Indian journal of veterinary science and animal husbandry - Volumes 15-17, 1948-1951
Year: 1948
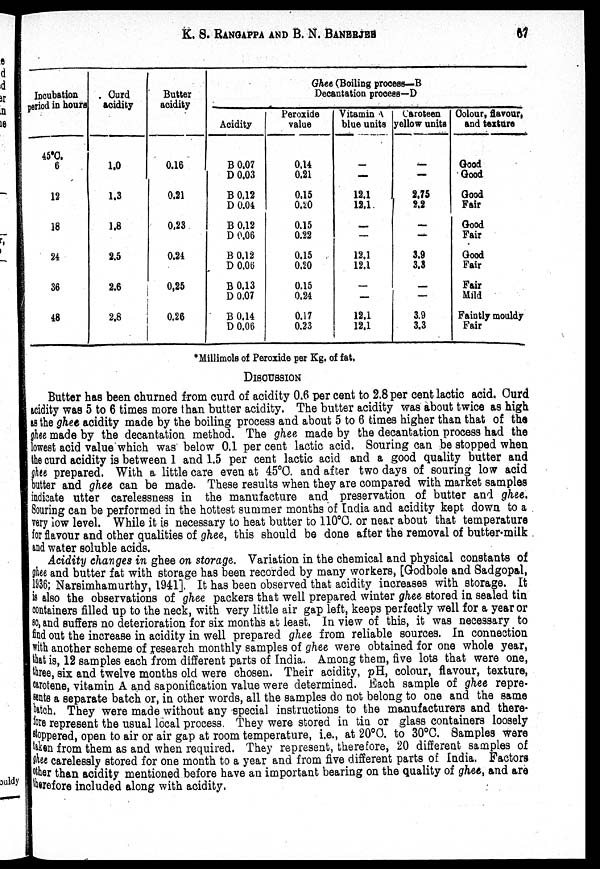
K. S. RANGAPPA AND B. N. BANERJEE 67
Incubation
period in hours
45°C.
6
12
18
24
36
48
Curd
acidity
1.0
1.3
1.8
2.5
2.6
2.8
Butter
acidity
0.16
0.21
0.23
0.24
0.25
0.26
Ghee (Boiling process—B
Decantation procees—D
Acidity
B 0.07
D 0.03
B 0.12
D 0.04
B 0.12
D 0.06
B 0.12
D 0.06
B 0.13
D 0.07
B 0.14
D 0.06
Peroxide
value
0.14
0.21
0.15
0.20
0.15
0.22
0.15
0.20
0.15
0.24
0.17
0.23
Vitamin A
blue units
—
—
12.1
12.1
—
—
12.1
12.1
—
—
12.1
12.1
Caroteen
yellow units
—
—
2.75
2.2
—
—
3.9
3.3
—
—
3.9
3.3
Colour, flavour,
and texture
Good
Good
Good
Fair
Good
Fair
Good
Fair
Fair
Mild
Faintly mouldy
Fair
*Millimols of Peroxide per Kg, of fat,
DISCUSSION
Butter has been churned from curd of acidity 0.6 per cent to 2.8 per cent lactic acid, Curd
acidity was 5 to 6 times more than butter acidity. The butter acidity was about twice as high
as the ghee acidity made by the boiling process and about 5 to 6 times higher than that of the
ghee made by the decantation method. The ghee made by the decantation process had the
lowest acid value which was below 0.1 per cent lactic acid. Souring can be stopped when
the curd acidity is between 1 and 1.5 per cent lactic acid and a good quality butter and
ghee prepared. With a little care even at 45°0. and after two days of souring low acid
butter and ghee can be made. These results when they are compared with market samples
indicate utter carelessness in the manufacture and preservation of butter and ghee.
Souring can be performed in the hottest summer months of India and acidity kept down to a
very low level. While it is necessary to heat butter to 110°C. or near about that temperature
for flavour and other qualities of ghee, this should be done after the removal of butter-milk
and water soluble acids.
Acidity changes in ghee on storage. Variation in the chemical and physical constants of
ghee and butter fat with storage has been recorded by many workers, [Godbole and Sadgopal,
1936; Narsimhamurthy, 1941]. It has been observed that acidity increases with storage. It
is also the observations of ghee packers that well prepared winter ghee stored in sealed tin
containers filled up to the neck, with very little air gap left, keeps perfectly well for a year or
so, and suffers no deterioration for six months at least. In view of this, it was necessary to
find out the increase in acidity in well prepared ghee from reliable sources. In connection
with another scheme of research monthly samples of ghee were obtained for one whole year,
that is, 12 samples each from different parts of India. Among them, five lots that were one,
three, six and twelve months old were chosen. Their acidity, pH, colour, flavour, texture,
carotene, vitamin A and saponification value were determined. Each sample of ghee repre-
sents a separate batch or, in other words, all the samples do not belong to one and the same
batch. They were made without any special instructions to the manufacturers and there-
fore represent the usual local process. They were stored in tin or glass containers loosely
stoppered, open to air or air gap at room temperature, i.e., at 20°C. to 30°C. Samples were
taken from them as and when required. They represent, therefore, 20 different samples of
ghee carelessly stored for one month to a year and from five different parts of India. Factors
other than acidity mentioned before have an important bearing on the quality of ghee, and are
therefore included along with acidity.